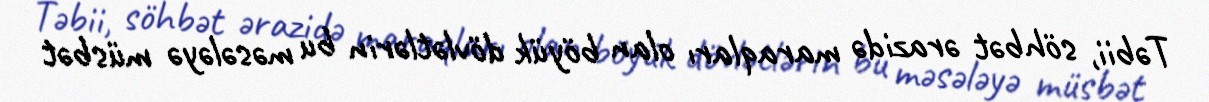
Təbii, söhbət ərazidə maraqları olan böyük dövlətlərin bu məsələyə müsbət